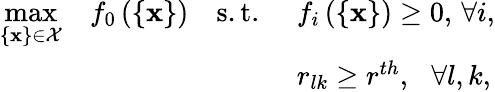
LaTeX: \begin{array}{rlrl}{\underset{\{ \mathbf{x}\} \in\mathcal{X}}{\operatorname*{max}}}&{f_{0}\left(\left\{ \mathbf{x}\right\} \right)}&{\mathrm{s.t.}\, \, }&{f_{i}\left(\left\{ \mathbf{x}\right\} \right)\geq 0,\, \forall i,}\\ &{}&&{r_{lk}\geq r^{th},\, \, \, \, \forall l,k,}\end{array}